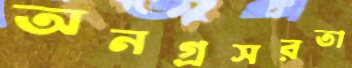
অনগ্রসরতা